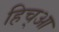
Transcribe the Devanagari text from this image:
हिच्आ